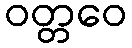
ဝတ္တဝေ